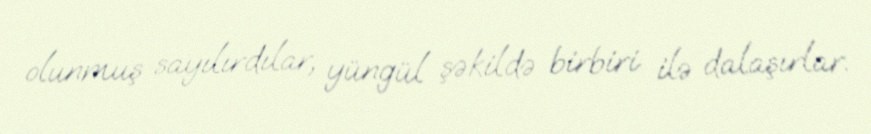
olunmuş sayılırdılar, yüngül şəkildə birbiri ilə dalaşırlar.